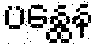
ပန္ထေန